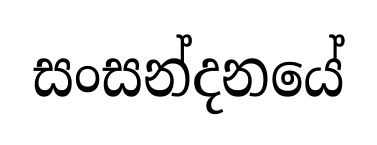
සංසන්දනයේ